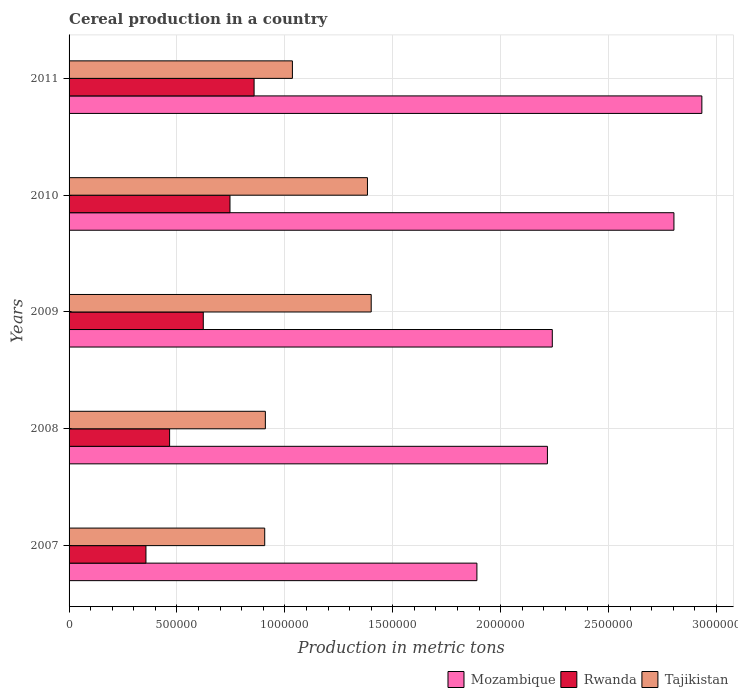
| Years | Mozambique | Rwanda | Tajikistan |
 | --- | --- | --- | --- |
 | 2007 | 1.89e+06 | 3.56e+05 | 9.07e+05 |
 | 2008 | 2.22e+06 | 4.66e+05 | 9.1e+05 |
 | 2009 | 2.24e+06 | 6.22e+05 | 1.4e+06 |
 | 2010 | 2.8e+06 | 7.46e+05 | 1.38e+06 |
 | 2011 | 2.93e+06 | 8.57e+05 | 1.03e+06 |